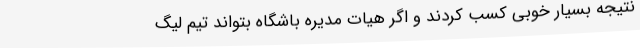
نتیجه بسیار خوبی کسب کردند و اگر هیات مدیره باشگاه بتواند تیم لیگ